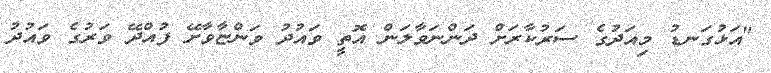
"އަޅުގަނޑު މިއަދުގެ ސަރުކާރަށް ދަންނަވާލަން އޮތީ ވައުދު ވަންޏާވާށޭ ފުއްދޭ ވަރުގެ ވައުދު